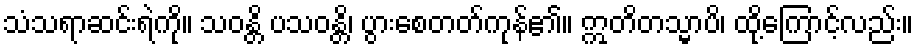
သံသရာဆင်းရဲကို။ သဝန္တိ ပသဝန္တိ၊ ပွားစေတတ်ကုန်၏။ ဣတိတသ္မာပိ၊ ထို့ကြောင့်လည်း။